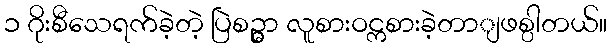
၁ ဂိုးစီသေရက်ခဲ့တဲ့ ပြဲစဉ္မွာ လူစားဝင္ကစားခဲ့တာျဖစ္ပါတယ်။